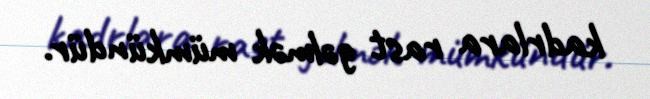
kadrlara rast gəlmək mümkündür.